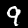
Digit: 9